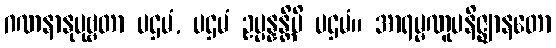
ဂဏနာနုပုဗ္ဗတာ ပဌမံ, ပဌမံ ဥပ္ပန္နန္တိပိ ပဌမံ။ အာရမ္မဏူပနိဇ္ဈာနတော